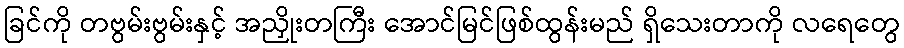
ခြင်ကို တဗွမ်းဗွမ်းနှင့် အညှိုးတကြီး အောင်မြင်ဖြစ်ထွန်းမည် ရှိသေးတာကို လရေတွေ